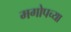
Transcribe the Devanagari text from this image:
मगोपच्या